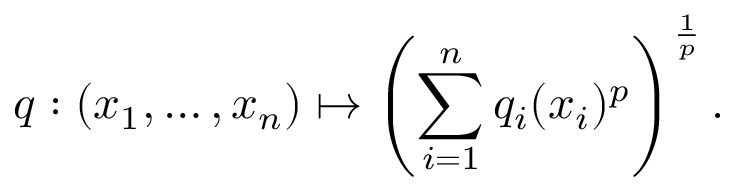
q : ( x _ { 1 } , \ldots , x _ { n } ) \mapsto \left( \sum _ { i = 1 } ^ { n } q _ { i } ( x _ { i } ) ^ { p } \right) ^ { \frac { 1 } { p } } .